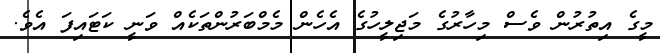
މީގެ އިތުރުން ވެސް މިހާރުގެ މަޖިލީހުގެ އެހެން މެމްބަރުންތަކެއް ވަނީ ކަޓައިފަ އެވެ.